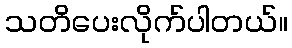
သတိပေးလိုက်ပါတယ်။